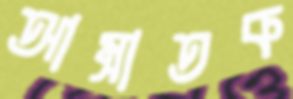
আম্রাতক